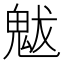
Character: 魃